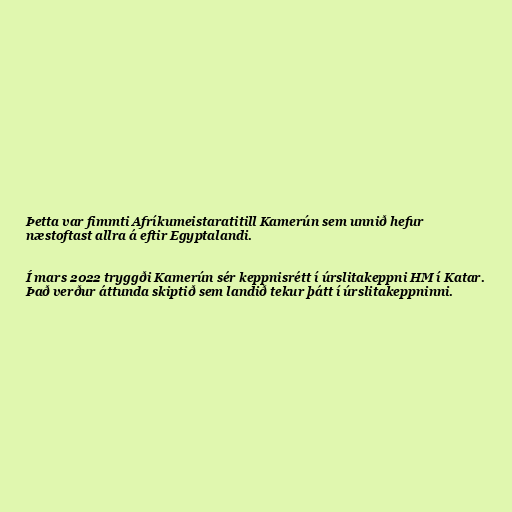
Þetta var fimmti Afríkumeistaratitill Kamerún sem unnið hefur
næstoftast allra á eftir Egyptalandi.

Í mars 2022 tryggði Kamerún sér keppnisrétt í úrslitakeppni HM í Katar.
Það verður áttunda skiptið sem landið tekur þátt í úrslitakeppninni.